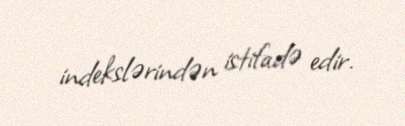
indekslərindən istifadə edir.